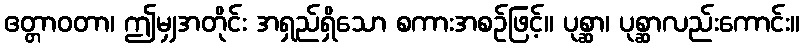
ဧတ္တာဝတာ၊ ဤမျှအတိုင်း အရှည်ရှိသော စကားအစဉ်ဖြင့်။ ပုစ္ဆာ၊ ပုစ္ဆာလည်းကောင်း။